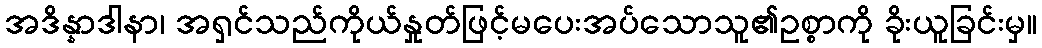
အဒိန္နာဒါနာ၊ အရှင်သည်ကိုယ်နှုတ်ဖြင့်မပေးအပ်သောသူ၏ဥစ္စာကို ခိုးယူခြင်းမှ။